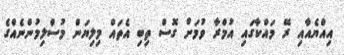
އިއްޔެެއާއި ރޭ މައްކާގައި އުމްރާ ވުމަށް ގޮސް ތިބި އެތައް މިލިޔަން މުސްލިމުންނެއްގެ